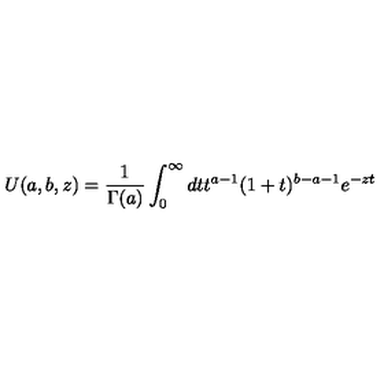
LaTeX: U ( a , b , z ) = \frac { 1 } { \Gamma ( a ) } \int _ { 0 } ^ { \infty } d t t ^ { a - 1 } ( 1 + t ) ^ { b - a - 1 } e ^ { - z t }